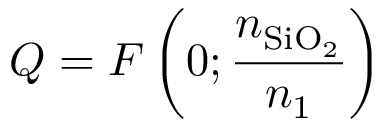
Q = F \left( 0 ; \frac { n _ { \mathrm { S i O _ { 2 } } } } { n _ { 1 } } \right)